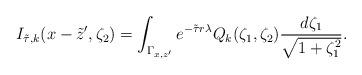
LaTeX: \begin{align*}I_{\tilde{\tau}, k}(x-\tilde{z}', \zeta_2)= \int_{\Gamma_{x, z'}}e^{-\tilde{\tau}r\lambda}Q_k(\zeta_1, \zeta_2)\frac{d\zeta_1}{\sqrt{1+\zeta_1^2}}. \end{align*}